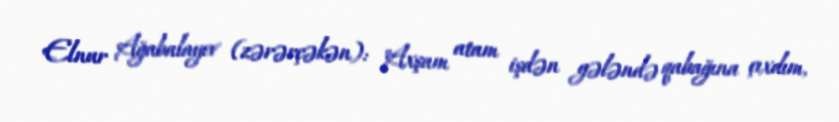
Elnur Ağabalayev (zərərçəkən): "Axşam atam işdən gələndə qabağına çıxdım,